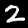
Label: 2